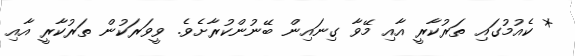
* ކެއުމުގައި ތަރުކާރީ އާއި މޭވާ ގިނައިން ބޭނުންކުރާށެވެ. ވީވަރަކުން ތަރުކާރީ އާއި